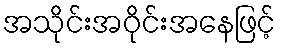
အသိုင်းအဝိုင်းအနေဖြင့်